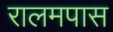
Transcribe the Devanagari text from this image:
रालमपास